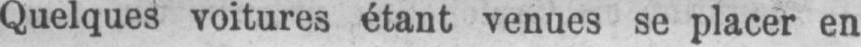
Quelques voitures étant venues se placer en